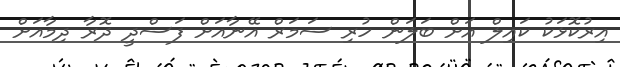
އިރުކޮޅަކު ކައިލް އަށް ބަލަން ހުރި ސަމަރް އޭނާއަށް ފަސްދީ ދޮރާ ދިމާއަށް